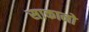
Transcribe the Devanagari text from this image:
साकानो